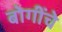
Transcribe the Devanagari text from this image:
बोगींचे